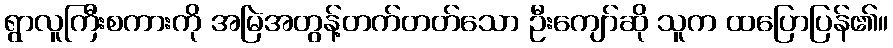
ရွာလူကြီးစကားကို အမြဲအတွန့်တက်တတ်သော ဦးကျော်ဆို သူက ထပြောပြန်၏။